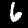
Label: 6